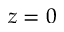
z = 0